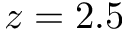
z = 2 . 5